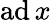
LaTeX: \operatorname{ad}x